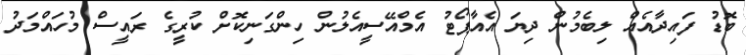
ބޮޑު ފައިދާއެއް ލިބެމުން ދިޔަ އެއާޕޯޓު އެމްއޭސީއެލުން ހިންގަނިކޮށް ކުރީގެ ރައީސް މުހައްމަދު